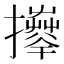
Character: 𢹄